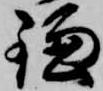
鎌